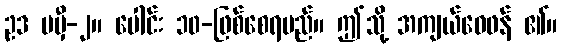
ဥဒ မမှီ-၂။ ပေါင်း ၁၀-ဖြစ်စေရမည်။ ဤသို့ အကျယ်ဝေဖန် ၏။